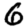
Digit: 6